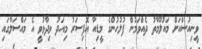
ވީނިއުސްއަށް މައުލޫމާތު ދެއްވަމުން ފުލުހުންގެ މީޑިއާ އޮފިސަރު މިއަދު ވިދާޅުވީ އެ މައްސަލާގައި